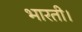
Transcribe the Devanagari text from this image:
भारती।